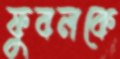
ফুবলকে